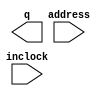
// megafunction wizard: %ROM: 1-PORT%VBB%
// GENERATION: STANDARD
// VERSION: WM1.0
// MODULE: altsyncram 

// ============================================================
// Megafunction Name(s):
// 			altsyncram
//
// Simulation Library Files(s):
// 			altera_mf
// ============================================================
// ************************************************************
// THIS IS A WIZARD-GENERATED FILE. DO NOT EDIT THIS FILE!
//
// 9.1 Build 304 01/25/2010 SP 1 SJ Web Edition
// ************************************************************

//Copyright (C) 1991-2010 Altera Corporation
//Your use of Altera Corporation's design tools, logic functions 
//and other software and tools, and its AMPP partner logic 
//functions, and any output files from any of the foregoing 
//(including device programming or simulation files), and any 
//associated documentation or information are expressly subject 
//to the terms and conditions of the Altera Program License 
//Subscription Agreement, Altera MegaCore Function License 
//Agreement, or other applicable license agreement, including, 
//without limitation, that your use is for the sole purpose of 
//programming logic devices manufactured by Altera and sold by 
//Altera or its authorized distributors.  Please refer to the 
//applicable agreement for further details.

module ROM78 (
	address,
	inclock,
	q);

	input	[6:0]  address;
	input	  inclock;
	output	[7:0]  q;
`ifndef ALTERA_RESERVED_QIS
// synopsys translate_off
`endif
	tri1	  inclock;
`ifndef ALTERA_RESERVED_QIS
// synopsys translate_on
`endif

endmodule

// ============================================================
// CNX file retrieval info
// ============================================================
// Retrieval info: PRIVATE: ADDRESSSTALL_A NUMERIC "0"
// Retrieval info: PRIVATE: AclrAddr NUMERIC "0"
// Retrieval info: PRIVATE: AclrByte NUMERIC "0"
// Retrieval info: PRIVATE: AclrOutput NUMERIC "0"
// Retrieval info: PRIVATE: BYTE_ENABLE NUMERIC "0"
// Retrieval info: PRIVATE: BYTE_SIZE NUMERIC "8"
// Retrieval info: PRIVATE: BlankMemory NUMERIC "0"
// Retrieval info: PRIVATE: CLOCK_ENABLE_INPUT_A NUMERIC "0"
// Retrieval info: PRIVATE: CLOCK_ENABLE_OUTPUT_A NUMERIC "0"
// Retrieval info: PRIVATE: Clken NUMERIC "0"
// Retrieval info: PRIVATE: IMPLEMENT_IN_LES NUMERIC "0"
// Retrieval info: PRIVATE: INIT_FILE_LAYOUT STRING "PORT_A"
// Retrieval info: PRIVATE: INIT_TO_SIM_X NUMERIC "0"
// Retrieval info: PRIVATE: INTENDED_DEVICE_FAMILY STRING "Cyclone III"
// Retrieval info: PRIVATE: JTAG_ENABLED NUMERIC "1"
// Retrieval info: PRIVATE: JTAG_ID STRING "MYRM"
// Retrieval info: PRIVATE: MAXIMUM_DEPTH NUMERIC "0"
// Retrieval info: PRIVATE: MIFfilename STRING "DATA7X8.mif"
// Retrieval info: PRIVATE: NUMWORDS_A NUMERIC "128"
// Retrieval info: PRIVATE: RAM_BLOCK_TYPE NUMERIC "0"
// Retrieval info: PRIVATE: RegAddr NUMERIC "1"
// Retrieval info: PRIVATE: RegOutput NUMERIC "0"
// Retrieval info: PRIVATE: SYNTH_WRAPPER_GEN_POSTFIX STRING "0"
// Retrieval info: PRIVATE: SingleClock NUMERIC "0"
// Retrieval info: PRIVATE: UseDQRAM NUMERIC "0"
// Retrieval info: PRIVATE: WidthAddr NUMERIC "7"
// Retrieval info: PRIVATE: WidthData NUMERIC "8"
// Retrieval info: PRIVATE: rden NUMERIC "0"
// Retrieval info: CONSTANT: ADDRESS_ACLR_A STRING "NONE"
// Retrieval info: CONSTANT: CLOCK_ENABLE_INPUT_A STRING "BYPASS"
// Retrieval info: CONSTANT: CLOCK_ENABLE_OUTPUT_A STRING "BYPASS"
// Retrieval info: CONSTANT: INIT_FILE STRING "DATA7X8.mif"
// Retrieval info: CONSTANT: INTENDED_DEVICE_FAMILY STRING "Cyclone III"
// Retrieval info: CONSTANT: LPM_HINT STRING "ENABLE_RUNTIME_MOD=YES,INSTANCE_NAME=MYRM"
// Retrieval info: CONSTANT: LPM_TYPE STRING "altsyncram"
// Retrieval info: CONSTANT: NUMWORDS_A NUMERIC "128"
// Retrieval info: CONSTANT: OPERATION_MODE STRING "ROM"
// Retrieval info: CONSTANT: OUTDATA_ACLR_A STRING "NONE"
// Retrieval info: CONSTANT: OUTDATA_REG_A STRING "UNREGISTERED"
// Retrieval info: CONSTANT: WIDTHAD_A NUMERIC "7"
// Retrieval info: CONSTANT: WIDTH_A NUMERIC "8"
// Retrieval info: CONSTANT: WIDTH_BYTEENA_A NUMERIC "1"
// Retrieval info: USED_PORT: address 0 0 7 0 INPUT NODEFVAL address[6..0]
// Retrieval info: USED_PORT: inclock 0 0 0 0 INPUT VCC inclock
// Retrieval info: USED_PORT: q 0 0 8 0 OUTPUT NODEFVAL q[7..0]
// Retrieval info: CONNECT: @address_a 0 0 7 0 address 0 0 7 0
// Retrieval info: CONNECT: q 0 0 8 0 @q_a 0 0 8 0
// Retrieval info: CONNECT: @clock0 0 0 0 0 inclock 0 0 0 0
// Retrieval info: LIBRARY: altera_mf altera_mf.altera_mf_components.all
// Retrieval info: GEN_FILE: TYPE_NORMAL ROM78.v TRUE
// Retrieval info: GEN_FILE: TYPE_NORMAL ROM78.inc FALSE
// Retrieval info: GEN_FILE: TYPE_NORMAL ROM78.cmp FALSE
// Retrieval info: GEN_FILE: TYPE_NORMAL ROM78.bsf TRUE FALSE
// Retrieval info: GEN_FILE: TYPE_NORMAL ROM78_inst.v FALSE
// Retrieval info: GEN_FILE: TYPE_NORMAL ROM78_bb.v TRUE
// Retrieval info: GEN_FILE: TYPE_NORMAL ROM78_waveforms.html TRUE
// Retrieval info: GEN_FILE: TYPE_NORMAL ROM78_wave*.jpg FALSE
// Retrieval info: LIB_FILE: altera_mf